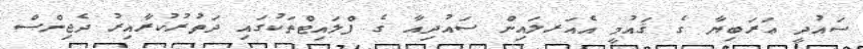
ސައުދީ ޢަރަބިޔާ ގެ ޤައުމީ އެއަރލައިން ސައުދިއާ ގެ ފްލައިޓްތަކުގައި ދަތުރުކުރާއިރު ދެޖިންސް